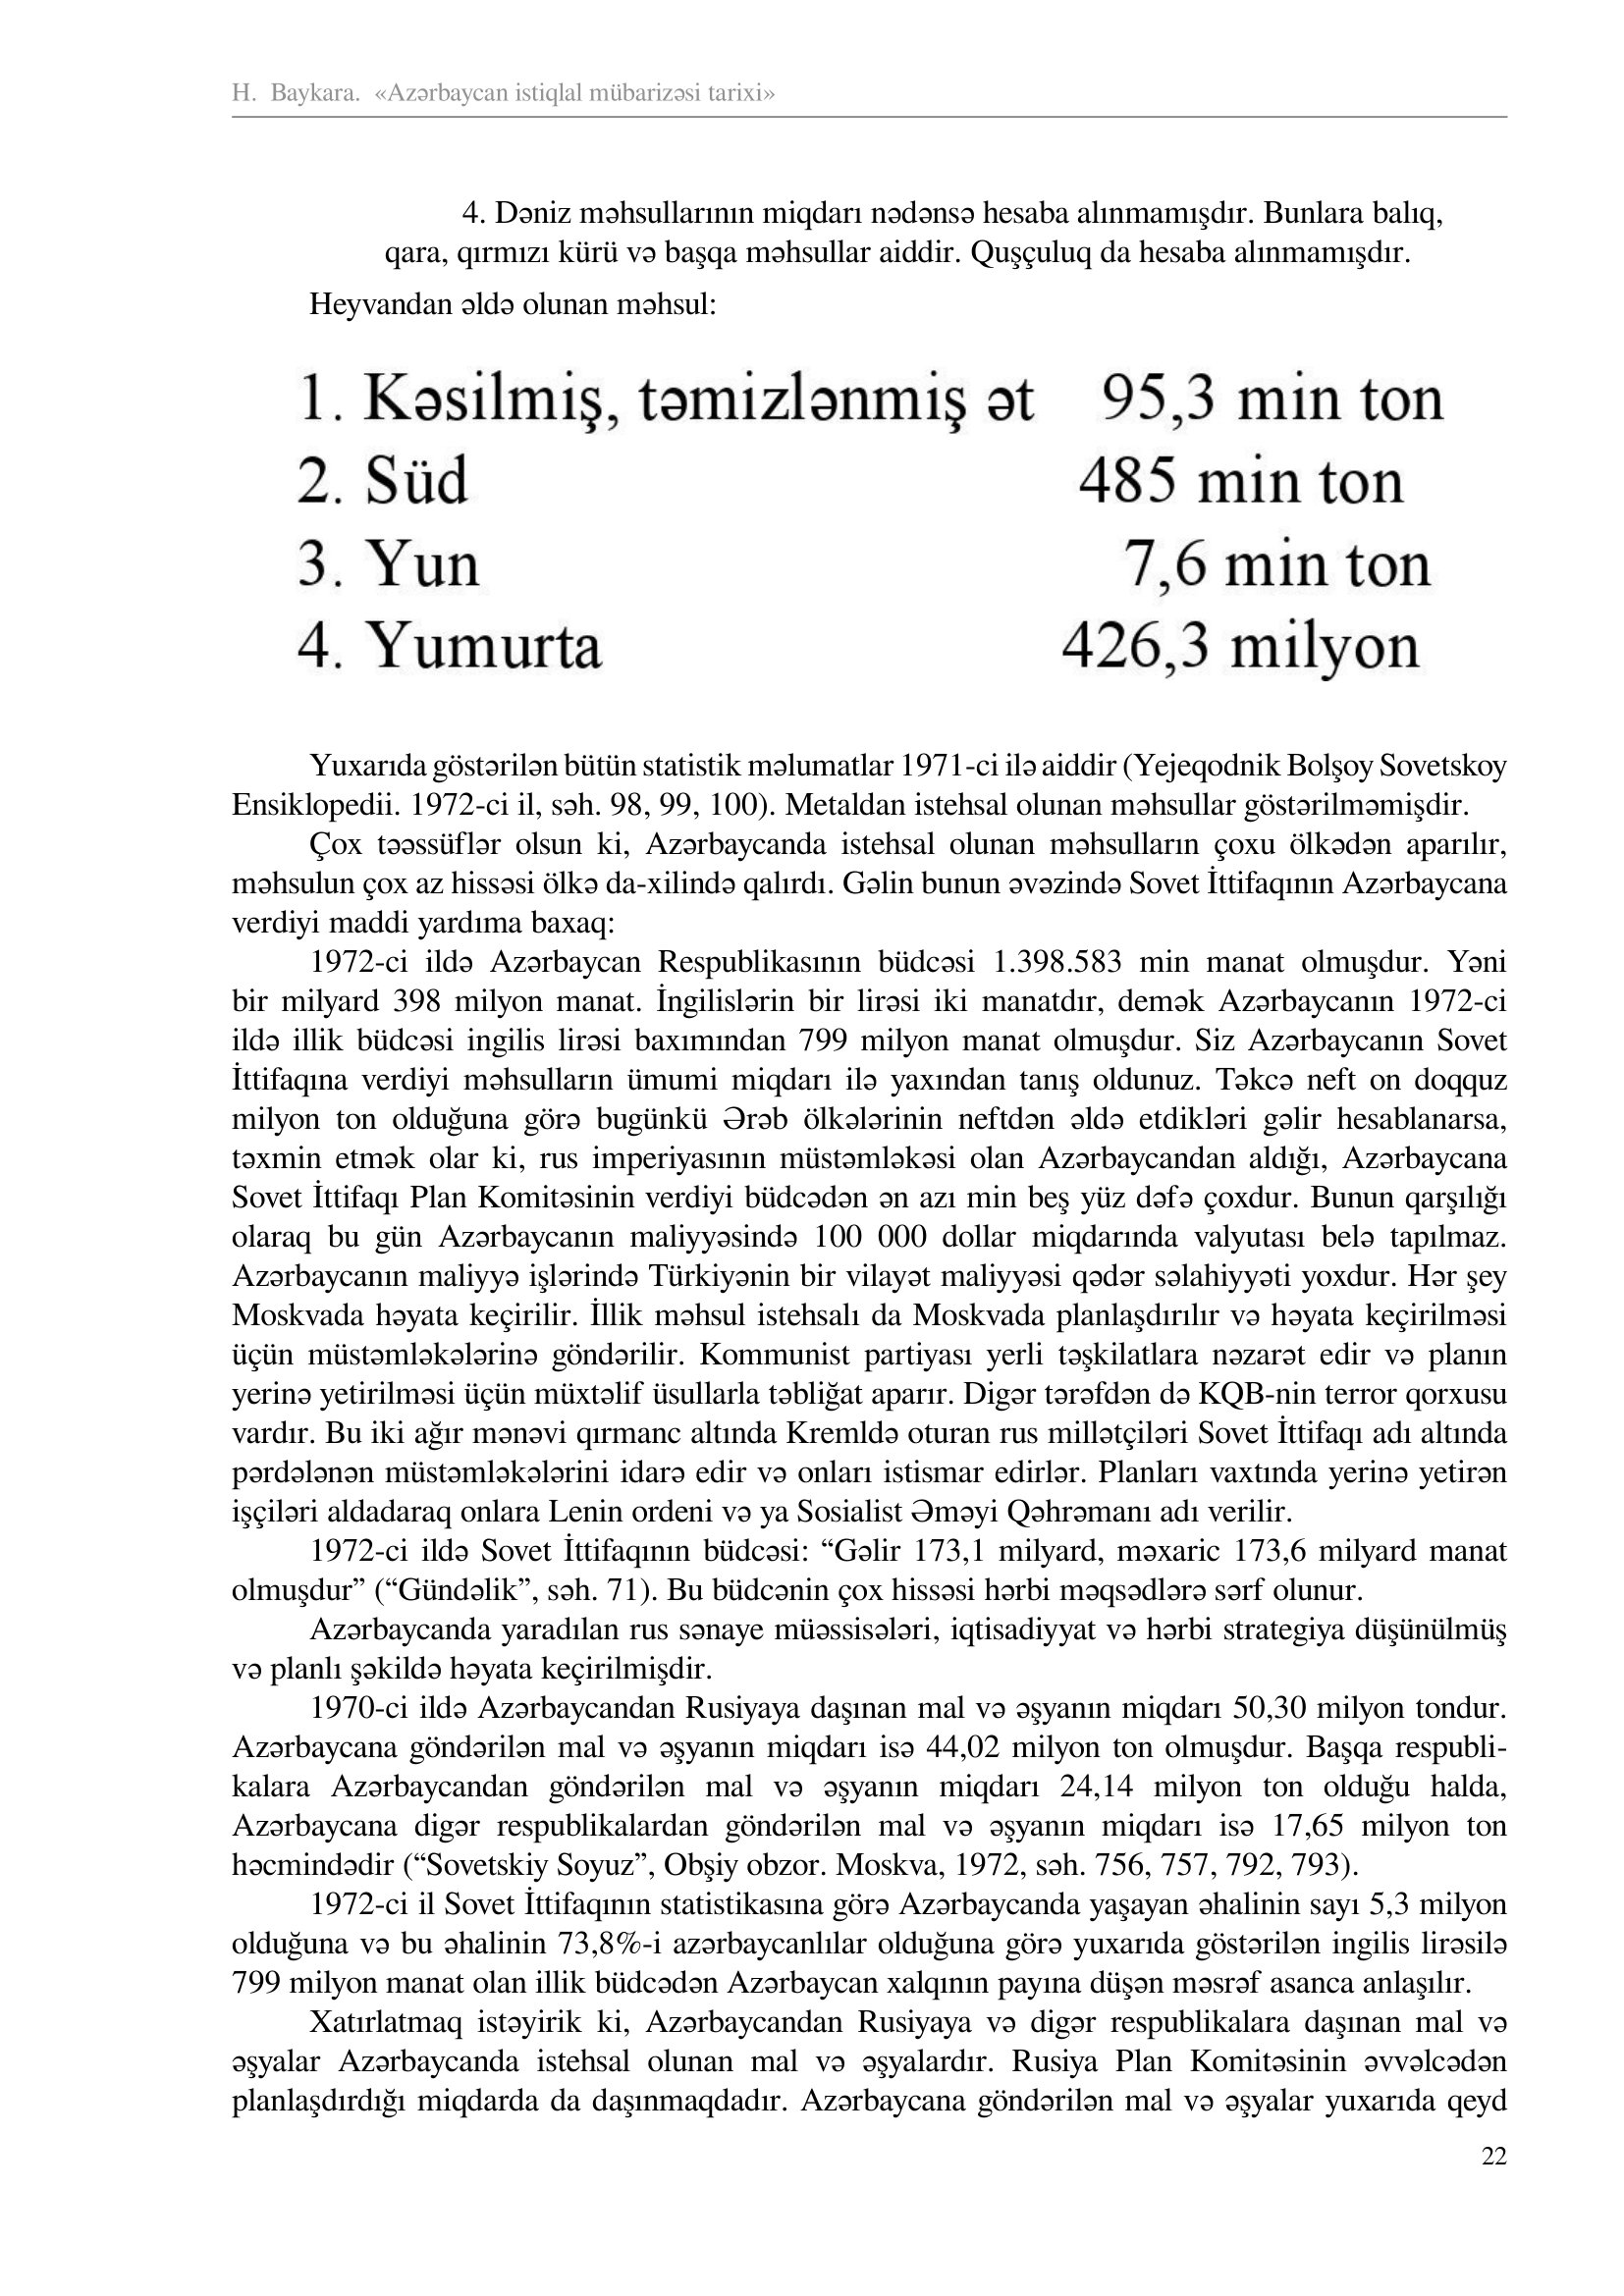
Language: az